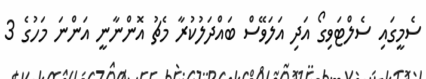
ސެމީގައި ސެލްޓަވިގޯ އަދި އަލަވޭސް ބައްދަލުކުރާ މެޗު އޮންނާނީ އަންނަ މަހުގެ 3